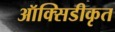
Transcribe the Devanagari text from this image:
ऑक्सिडीकृत